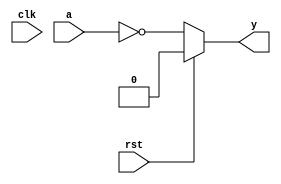
// This program was cloned from: https://github.com/virtualagc/agc_simulation
// License: MIT License

`timescale 1ns/1ps
`default_nettype none

module nor_1(y, a, rst, clk);
    parameter delay = 9;
    parameter iv = 1'b0;
    input wire a, rst, clk;

`ifdef TARGET_FPGA
    output reg y = iv;
    reg next_val = iv;

    always @(posedge clk)
    begin
        y = next_val;
    end

    always @(negedge clk)
    begin
        next_val = ~a;
    end
`else
    output wire y;
    assign #delay y = (rst) ? iv : ~a;
`endif
endmodule